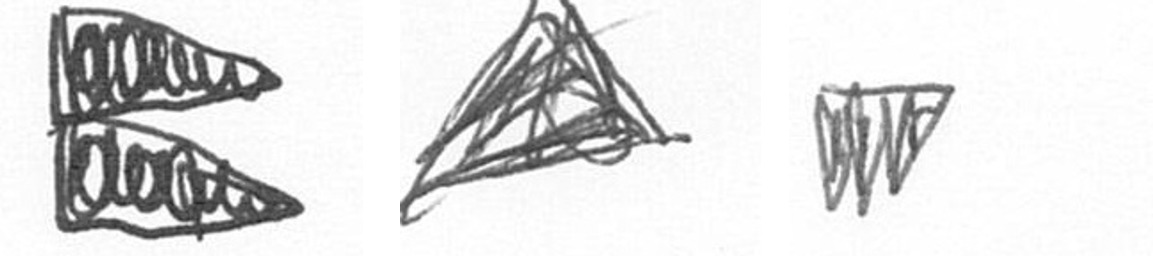
P O L